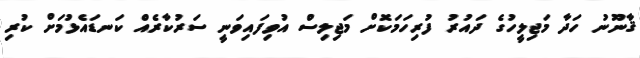
ޤާނޫނު ހަދާ މަޖިލީހުގެ ދައުރު ފުރިހަމަކޮށް މަޖިލިސް އުވިފައިވަނީ ސަރުކާރެއް ކަނޑައެޅުމަށް ކުރި